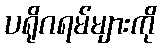
ပရိုဂရမ်များကို